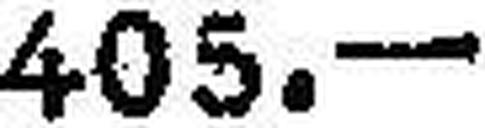
405.—